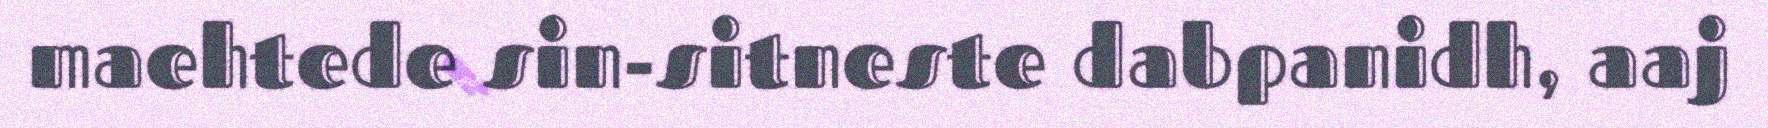
maehtede sin-sitneste dabpanidh, aaj